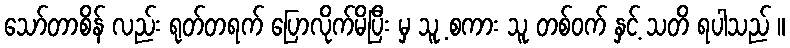
သော်တာစိန် လည်း ရုတ်တရက် ပြောလိုက်မိပြီး မှ သူ့ စကား သူ တစ်ဝက် နှင့် သတိ ရပါသည် ။